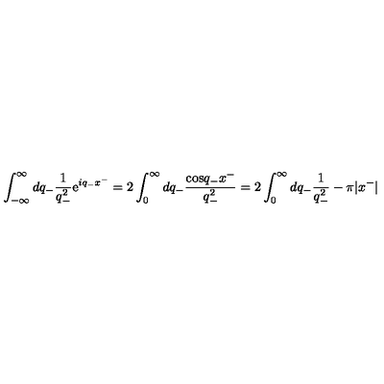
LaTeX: \int _ { - \infty } ^ { \infty } d q _ { - } \frac { 1 } { q _ { - } ^ { 2 } } \mathrm { e } ^ { i q _ { - } x ^ { - } } = 2 \int _ { 0 } ^ { \infty } d q _ { - } \frac { \mathrm { c o s } q _ { - } x ^ { - } } { q _ { - } ^ { 2 } } = 2 \int _ { 0 } ^ { \infty } d q _ { - } \frac { 1 } { q _ { - } ^ { 2 } } - { \pi } | x ^ { - } |